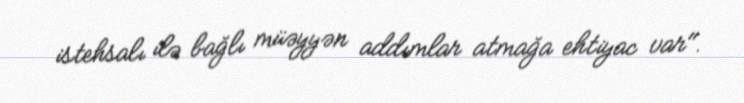
istehsalı ilə bağlı müəyyən addımlar atmağa ehtiyac var".